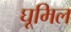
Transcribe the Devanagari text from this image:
घूमिल